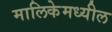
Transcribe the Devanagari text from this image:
मालिकेमध्यील